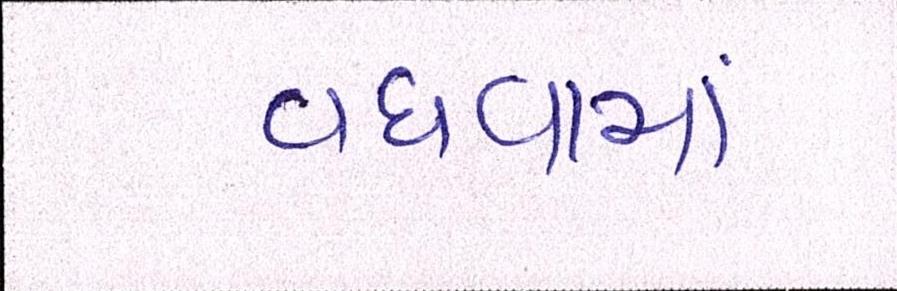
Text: વધવામાં